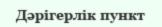
Дәрігерлік пункт